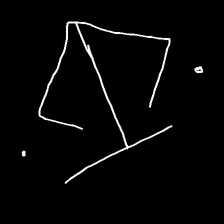
Glyph: earth